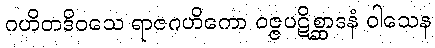
ဂဟိတဒိဝသေ ရာဇဂဟိကော ဝဇ္ဇပဋိစ္ဆာဒနံ ဝါသေန